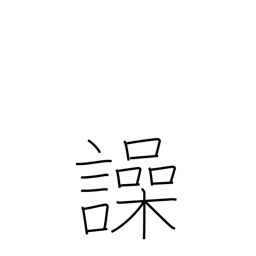
Meaning: shout